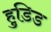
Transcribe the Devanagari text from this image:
हुडिड